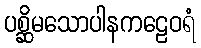
ပစ္ဆိမသောပါနကဠေဝရံ